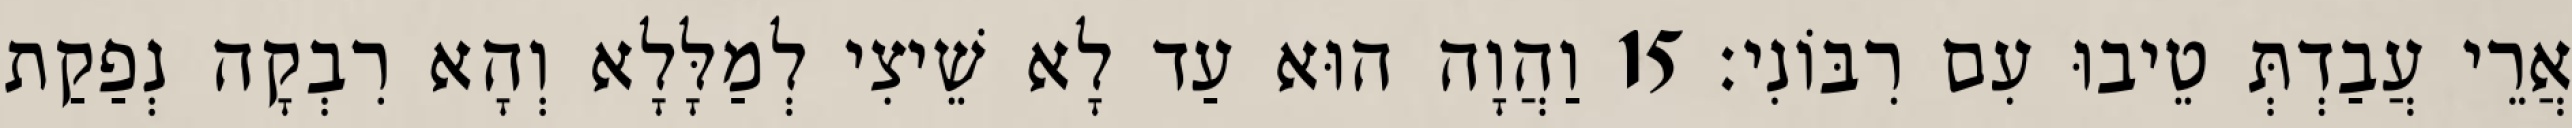
אֲרֵי עֲבַדְתְּ טֵיבוּ עִם רִבּוֹנִי׃ 15 וַהֲוָה הוּא עַד לָא שֵׁיצִי לְמַלָּלָא וְהָא רִבְקָה נְפַקַת